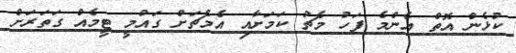
ކުޅެން އޮތް އެންމެ ފަހު މެޗު ކަމަށާއި އެމެޗަށް ގައުމީ ޓީމެއް ގަތަރަށް